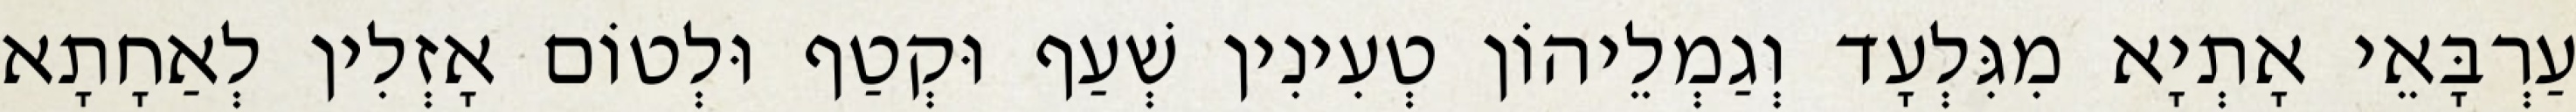
עַרְבָּאֵי אָתְיָא מִגִּלְעָד וְגַמְלֵיהוֹן טְעִינִין שְׁעַף וּקְטַף וּלְטוֹם אָזְלִין לְאַחָתָא